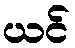
ယင်